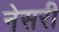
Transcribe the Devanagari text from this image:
नेसरी